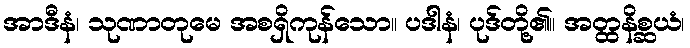
အာဒီနံ၊ သုဏာတုမေ အစရှိကုန်သော။ ပဒါနံ၊ ပုဒ်တို့၏။ အတ္ထနိစ္ဆယံ၊